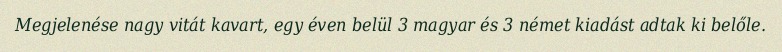
Megjelenése nagy vitát kavart, egy éven belül 3 magyar és 3 német kiadást adtak ki belőle.